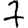
Digit: 7